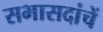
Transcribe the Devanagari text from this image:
सभासदांचें